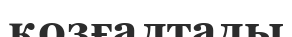
қозғалтады